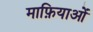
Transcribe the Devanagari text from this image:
माफ़ियाओं